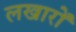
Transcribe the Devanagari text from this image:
लखारों